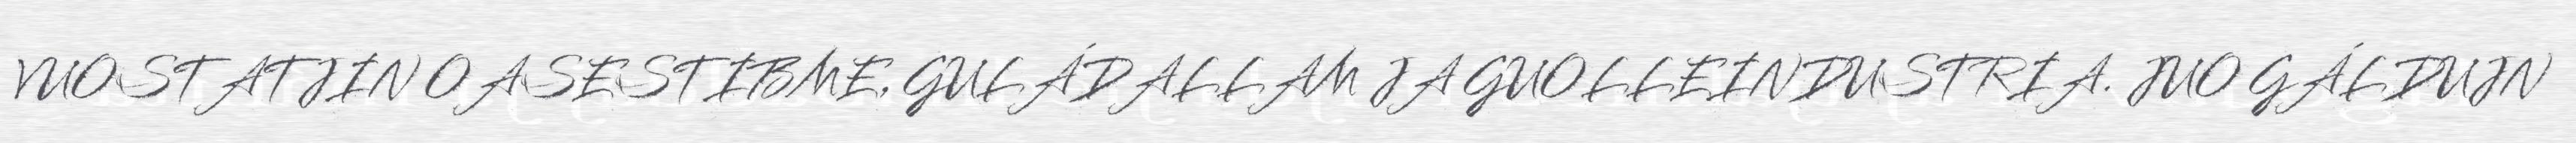
VUOSTATJIN OASESTIBME, GULÁDALLAM JA GUOLLEINDUSTRIA. JUO GÁLDUJN